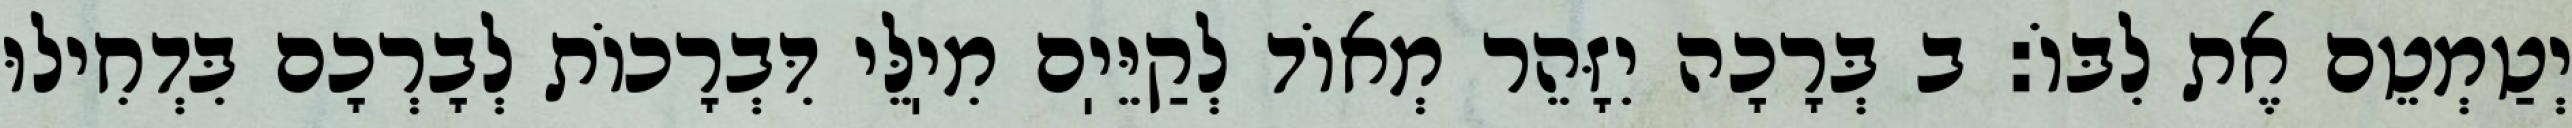
יְטַמְטֵם אֶת לִבּוֹ: ב בְּרָכָה יִזָּהֵר מְאוֹד לְקַיֵּיֽם מִיֽלֵּי דִּבְרָכוֹת לְבָרְכָם בִּדְחִילוּ